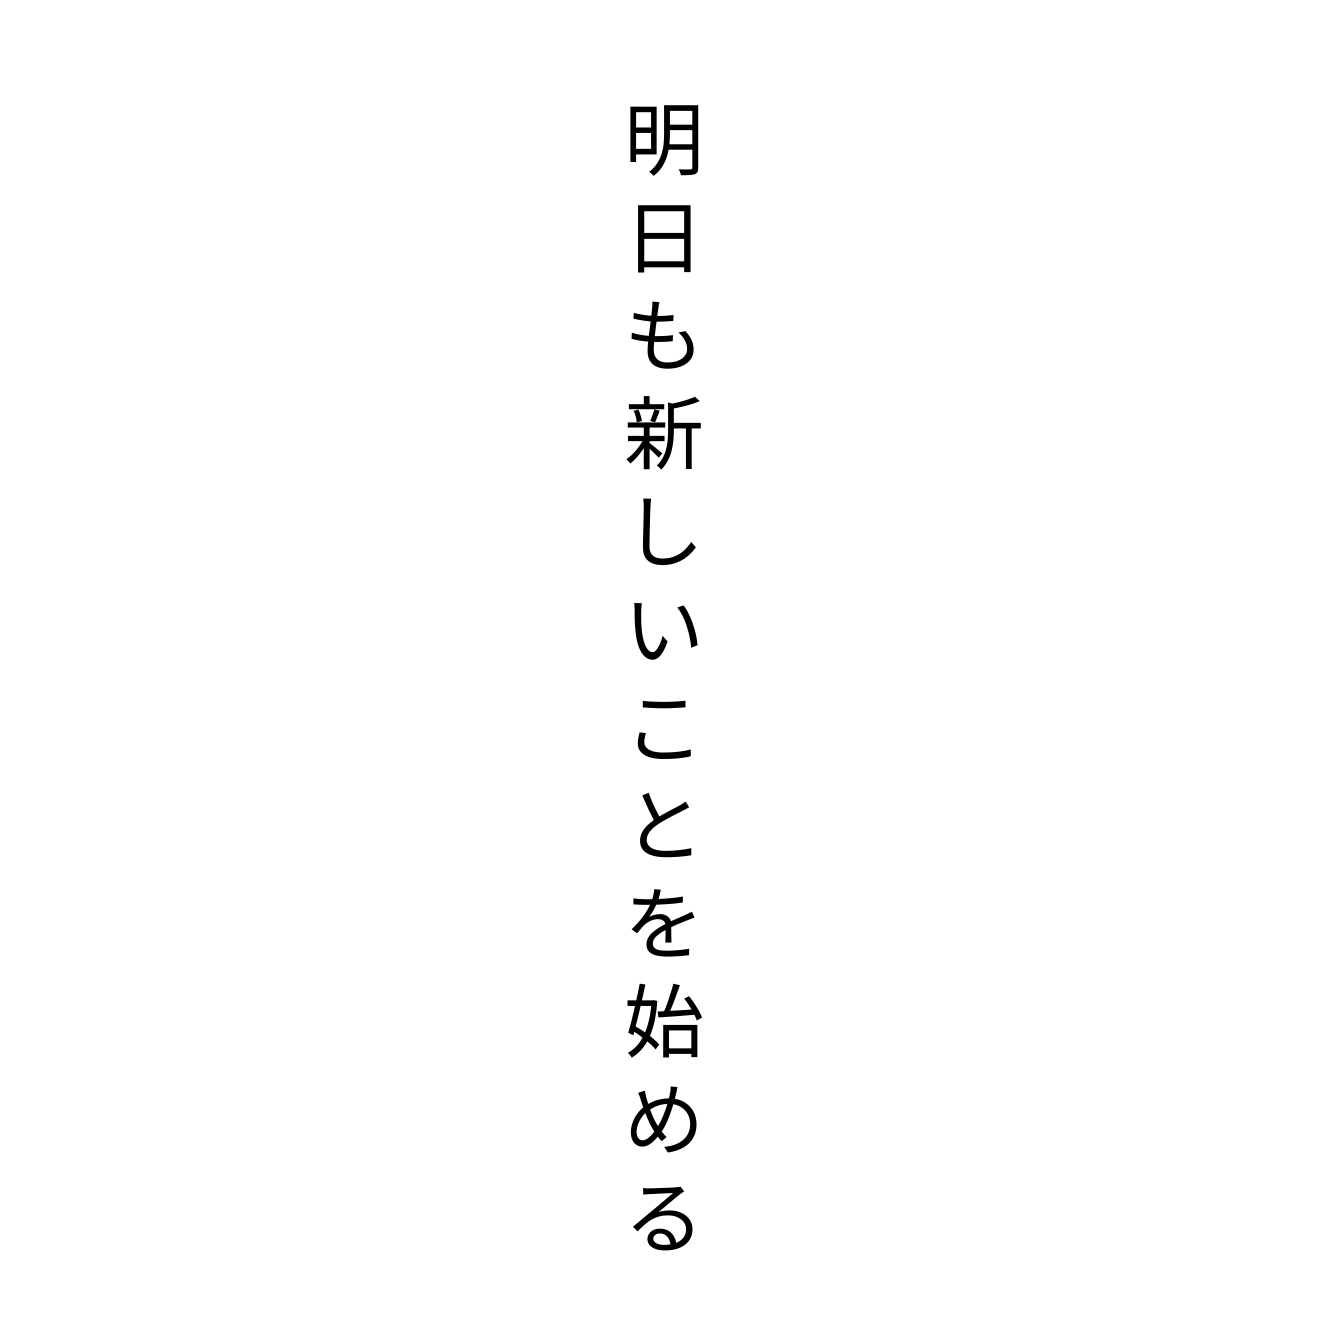
明日も新しいことを始める